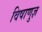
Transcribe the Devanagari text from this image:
विषाणुज्ञ